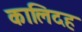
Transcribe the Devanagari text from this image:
कालिदह